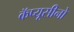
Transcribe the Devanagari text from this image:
कॅप्यूसीनो